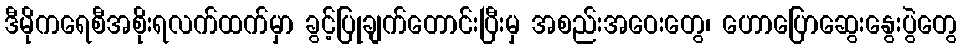
ဒီမိုကရေစီအစိုးရလက်ထက်မှာ ခွင့်ပြုချက်တောင်းပြီးမှ အစည်းအဝေးတွေ၊ ဟောပြောဆွေးနွေးပွဲတွေ